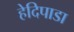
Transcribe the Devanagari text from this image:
हेदिपाडा